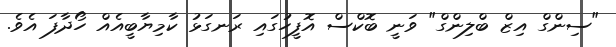
"ސިންގް އިޒް ބްލިންގް" ވަނީ ބޮކްސް އޮފީހުގައި ރަނގަޅު ކާމިޔާބީއެއް ހޯދާފަ އެވެ.